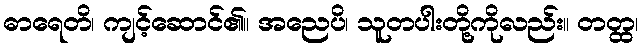
ဓာရေတိ၊ ကျင့်ဆောင်၏။ အညေပိ၊ သူတပါးတို့ကိုလည်း။ တတ္ထ၊